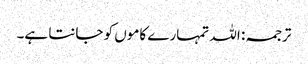
ترجمہ: اللہ تمہارے کاموں کو جانتا ہے۔